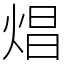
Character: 焻